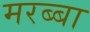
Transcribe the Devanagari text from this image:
मरब्बा